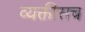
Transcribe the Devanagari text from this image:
व्यक्तीसच